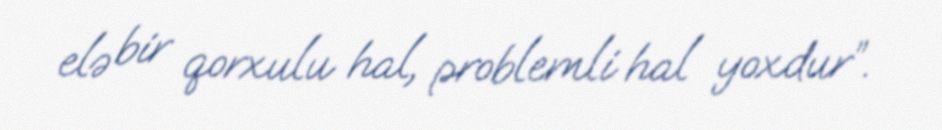
elə bir qorxulu hal, problemli hal yoxdur”.